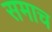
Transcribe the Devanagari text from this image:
समाच